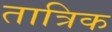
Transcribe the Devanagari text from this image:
तात्रिक